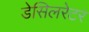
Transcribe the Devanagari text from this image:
डेसिलरेटर